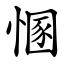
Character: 㥵